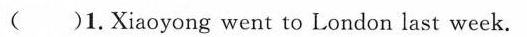
( )1.Xiaoyong went to London last week.